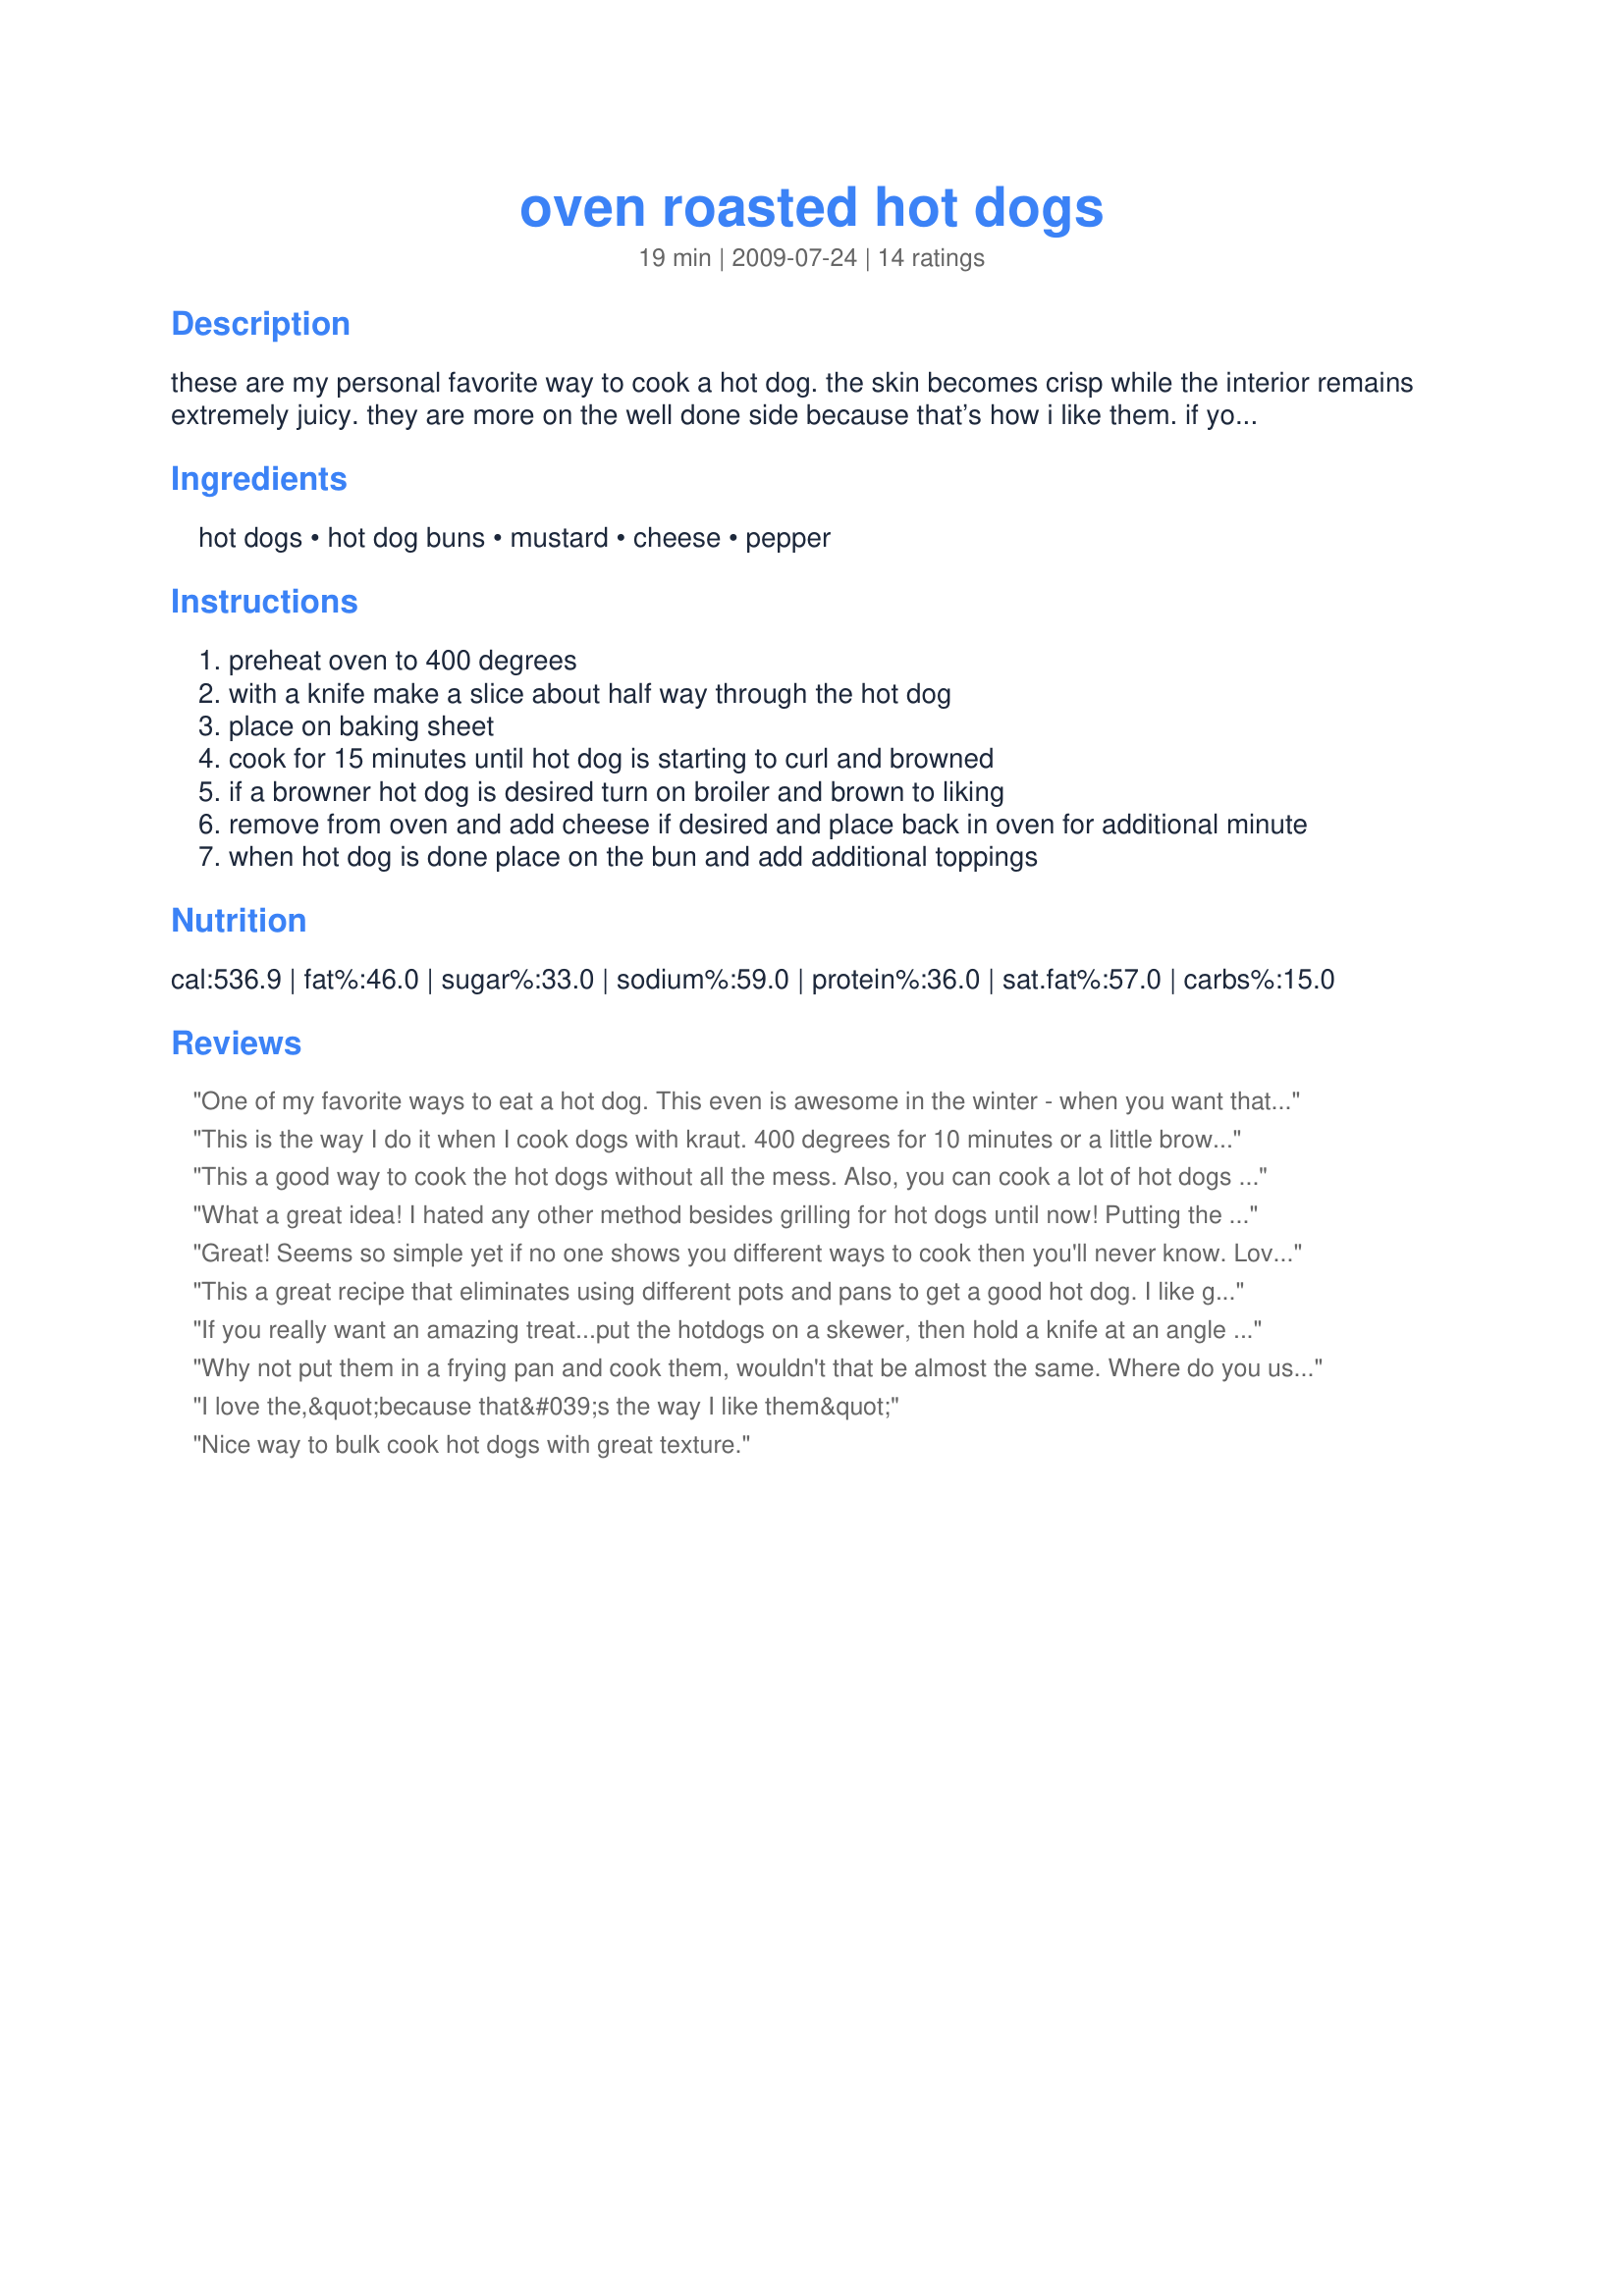
oven roasted hot dogs
Preparation time: 19 minutes

these are my personal favorite way to cook a hot dog. the skin becomes crisp while the interior remains extremely juicy. they are more on the well done side because that’s how i like them. if you prefer them not as well done reduce the cooking time and keep an eye on them. enjoy!

Ingredients:
hot dogs, hot dog buns, mustard, cheese, pepper

Steps:
preheat oven to 400 degrees
with a knife make a slice about half way through the hot dog
place on baking sheet
cook for 15 minutes until hot dog is starting to curl and browned
if a browner hot dog is desired turn on broiler and brown to liking
remove from oven and add cheese if desired and place back in oven for additional minute
when hot dog is done place on the bun and add additional toppings

Reviews:
One of my favorite ways to eat a hot dog. This even is awesome in the winter - when you want that roasted hot dog feeling.
This is the way I do it when I cook dogs with kraut. 400 degrees for 10 minutes or a little browned - smother in cooked and drained kraut and topped with minced onions - another 10 minutes. Then I turn off the oven put in the roll to toast - and let it all marry for at least another 5 while I get ready to plate.
This a good way to cook the hot dogs without all the mess. Also, you can cook a lot of hot dogs at one time. We used Nathan&#039;s hot dogs. The hot dogs will turn a nice dark reddish color after 10 minutes of cooking. Depending on your taste you can broil them a few minutes to get them dark and crisp.
What a great idea! I hated any other method besides grilling for hot dogs until now! Putting the buns in the microwave under a damp paper towel or two for 30 seconds steams them and adds a nice soft cradle for the crispy exterior of the hot dog. Thanks for sharing.
Great! Seems so simple yet if no one shows you different ways to cook then you'll never know. Love that I can just put them in the oven instead of pulling out my George Foreman grill (and then clean it after). So easy, pan - foil - hot dogs - into the oven for 15 minutes.
This a great recipe that eliminates using different pots and pans to get a good hot dog. I like grilled onions and jalapenos on my hot dog, so i chopped some up, tossed with oil and seasoning and threw them on top of the hot dogs for the last 8 minutes. When there was 3 minutes left, I put the hot dog in the bun, threw the onions and jalapenos on, topped with cheese and baked it all together and was it delicious! I will never cook hot dogs any other way, its just simple and gives great results.
If you really want an amazing treat...put the hotdogs on a skewer, then hold a knife at an angle (cutting into the dog) and turn the skewer slowly around (causing it to look like a corkscrew), slide it off the skewer, bake as you would this recipe, during the last 5 minutes, slather with your favorite BBQ sauce and cook a Lil longer til the sauce sets up! Mmm! A-Mmmmmazing
Why not put them in a frying pan and cook them, wouldn't that be almost the same. Where do you use the pepper at?
I love the,&quot;because that&#039;s the way I like them&quot;
Nice way to bulk cook hot dogs with great texture.
This is an easy way to make multiple hotdogs without boiling. I am not a big hotdog fan but the oven roasted texture and the melted cheese made me one. Super fast and tasty. Thanks for posting OneYetTwo. I would make again for sure. Enjoy! ChefDLH
Soooo good! I see a vision...a hot dog push-cart in your future. It would work for me. ;-)
I always cooked hot dogs by boiling water and placing them in the water. This is now my go to method for hot dogs from now on. The last five minutes, I put my buns in to get toasty. Put cheese on mine and sprinkled hot pepper seeds on it.
I made these for my daughter and her friends for lunch today and they all enjoyed them. Thanks so much for posting!!
